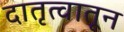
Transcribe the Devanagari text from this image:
दातृत्वातून